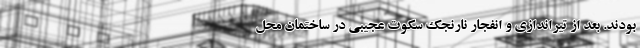
بودند. بعد از تیراندازی و انفجار نارنجک سکوت عجیبی در ساختمان محل